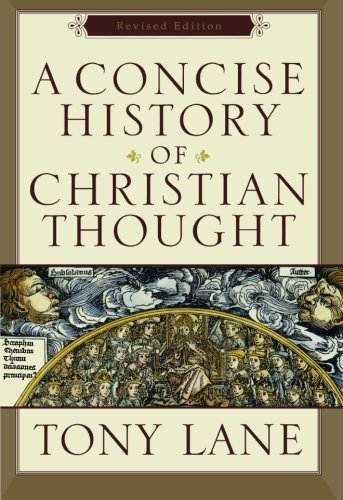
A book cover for A Concise History of Christian Thought; Tony Lane; Christian Books & Bibles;